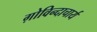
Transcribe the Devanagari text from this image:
ग़ोविन्दाचार्य